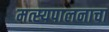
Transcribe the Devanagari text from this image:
मत्स्यपालनाचा